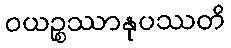
ဝယဉ္စဿာနုပဿတိ